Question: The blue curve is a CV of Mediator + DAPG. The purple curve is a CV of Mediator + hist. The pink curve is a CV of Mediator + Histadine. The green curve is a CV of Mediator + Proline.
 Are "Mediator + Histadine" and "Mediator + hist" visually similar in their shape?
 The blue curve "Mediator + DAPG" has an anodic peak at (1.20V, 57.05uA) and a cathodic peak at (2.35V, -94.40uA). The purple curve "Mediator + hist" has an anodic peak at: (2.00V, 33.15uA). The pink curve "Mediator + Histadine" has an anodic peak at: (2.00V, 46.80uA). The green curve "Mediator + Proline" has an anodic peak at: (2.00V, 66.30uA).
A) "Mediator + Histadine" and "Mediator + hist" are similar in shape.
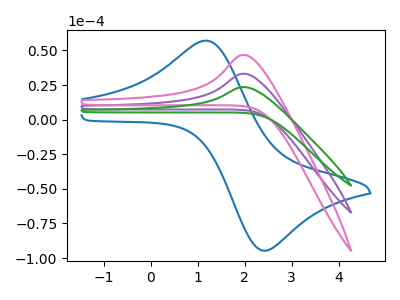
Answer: <think>All the peaks in "Mediator + Histadine" have a peak in "Mediator + hist" at the same potential. Every peak in "Mediator + Histadine" is higher than every peak in "Mediator + hist".
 </think>
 <answer>A) "Mediator + Histadine" and "Mediator + hist" are similar in shape.</answer>
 <eval>A</eval>